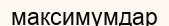
максимумдар